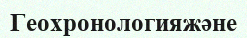
Геохронологияжәне